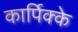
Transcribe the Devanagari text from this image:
कार्पिक्के